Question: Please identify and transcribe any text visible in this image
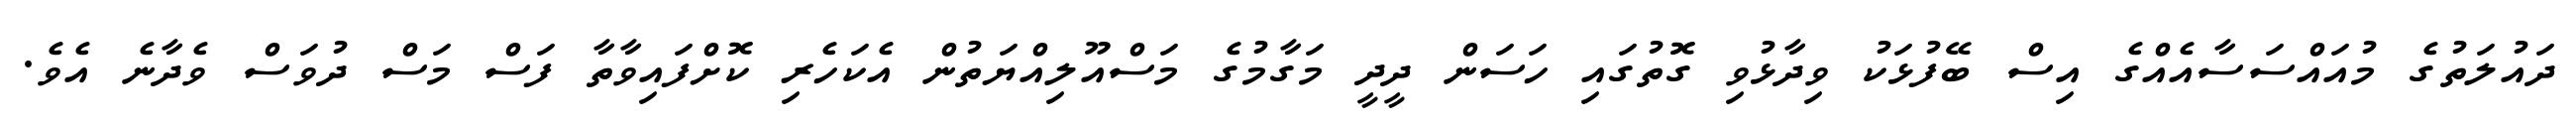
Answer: ދައުލަތުގެ މުއައްސަސާއެއްގެ އިސް ބޭފުޅަކު ވިދާޅުވި ގޮތުގައި ހަސަން ދީދީ މަގާމުގެ މަސްއޫލިއްޔަތުން އެކަހެރި ކޮށްފައިވާތާ ފަސް މަސް ދުވަސް ވެދާނެ އެވެ.